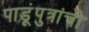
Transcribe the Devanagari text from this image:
पाडूंपुत्रांची